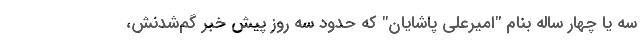
سه یا چهار ساله بنام "امیرعلی پاشایان" که حدود سه روز پیش خبر گم‌شدنش،